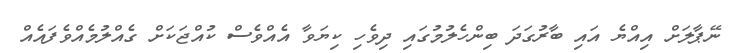
ނޭޕާލަށް އިއްޔެ އައި ބާރުގަދަ ބިންހެލުމުގައި ދިވެހި ކިޔަވާ އެއްވެސް ކުއްޖަކަށް ގެއްލުމެއްވެފައެއް